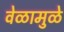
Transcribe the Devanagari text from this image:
वेळामुळे